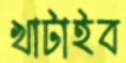
খাটাইব